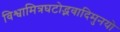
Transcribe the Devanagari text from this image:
विश्वामित्रघटोद्भवादिमुनयो